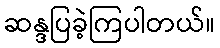
ဆန္ဒပြခဲ့ကြပါတယ်။